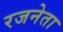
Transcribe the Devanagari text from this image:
रजनेता